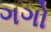
ગગો